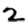
Digit: 2